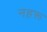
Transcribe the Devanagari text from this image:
नहरू